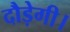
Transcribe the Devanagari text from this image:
दौड़ेगी।